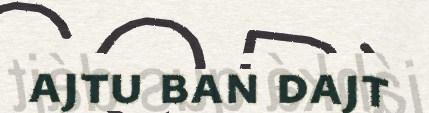
ajtu ban dajt